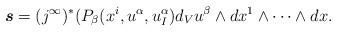
LaTeX: \begin{align*}\boldsymbol{s} = (j^\infty)^*(P_\beta(x^i, u^\alpha, u_I^\alpha) d_Vu^\beta \wedge dx^1 \wedge \cdots \wedge dx^{}.\end{align*}